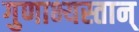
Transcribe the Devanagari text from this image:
गुणाभ्यस्तान्